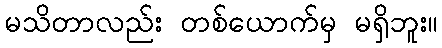
မသိတာလည်း တစ်ယောက်မှ မရှိဘူး။